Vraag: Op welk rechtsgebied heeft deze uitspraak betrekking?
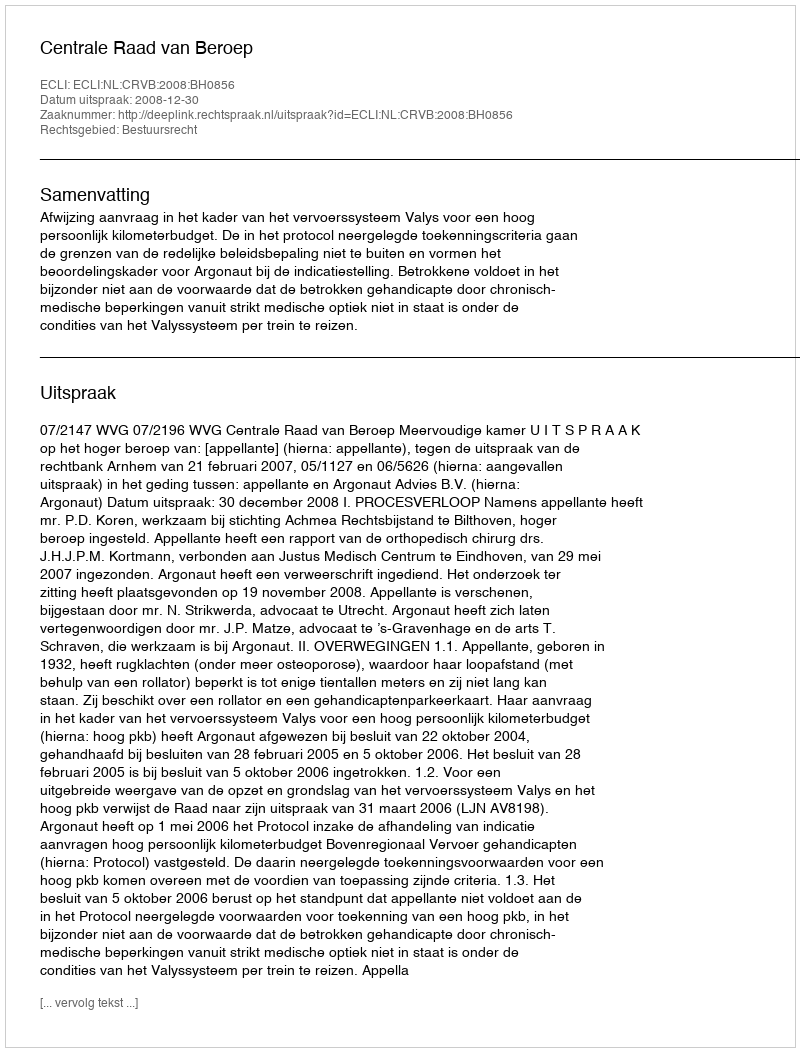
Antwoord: Bestuursrecht